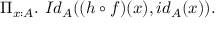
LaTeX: \Pi _ { x : A } . \ I d _ { A } ( ( h \circ f ) ( x ) , i d _ { A } ( x ) ) .